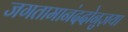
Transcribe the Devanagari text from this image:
जगतामानंददोनुज्ञया